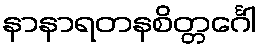
နာနာရတနစိတ္တင်္ဂေါ